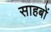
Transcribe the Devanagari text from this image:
साहबों